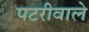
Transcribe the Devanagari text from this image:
पटरीवाले